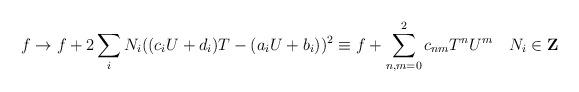
LaTeX: \begin{align*}f\rightarrow f +2\sum_i N_i ((c_iU+d_i)T-(a_iU+b_i))^2\equiv f +\sum_{n,m =0}^2 c_{nm} T^n U^m ~~~ N_i \in {\bf Z}\end{align*}